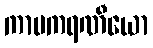
ကာမကရဏီယော